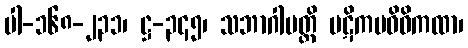
ပါ-၁၆၈-၂၃၁၊ ဋ္ဌ-၃၄၅၊ သဘာဂါပတ္တိ ပဋိကမဝိဓိကထာ၊